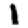
Digit: 1